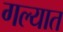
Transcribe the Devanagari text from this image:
गल्यात